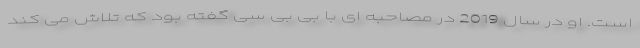
است. او در سال 2019 در مصاحبه ای با بی بی سی گفته بود که تلاش می کند